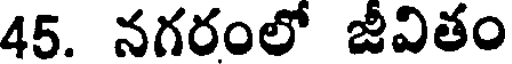
45. నగరంలో జీవితం